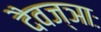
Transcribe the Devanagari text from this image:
दैवज्ञाः